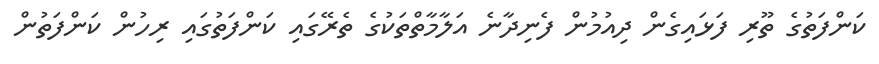
ކަންފަތުގެ ތޫރި ފަޅައިގެން ދިއުމުން ފެނިދާނެ އަލާމާތްތަކުގެ ތެރޭގައި ކަންފަތުގައި ރިހުން ކަންފަތުން